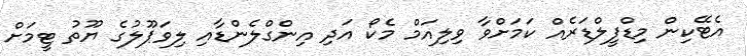
އެޓޭކިން މިޑްފީލްޑަރެއް ކަމަށްވާ ވިލިއަމް މެކޯ އަދި އިންގްލެންޑާއި ލިވަޕޫލުގެ ޔޫތު ޓީމަށް